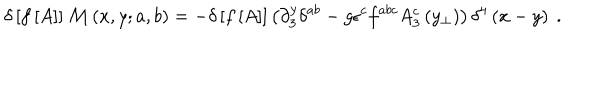
LaTeX: \delta \left[ f \left[ A \right] \right] { \cal M } \left( x , y ; a , b \right) = - \delta \left[ f \left[ A \right] \right] \left( \partial _ { 3 } ^ { y } \delta ^ { a b } - g \epsilon ^ { c } f ^ { a b c } A _ { 3 } ^ { c } \left( y _ { \perp } \right) \right) \delta ^ { 4 } \left( x - y \right) \ .